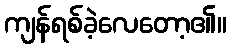
ကျန်ရစ်ခဲ့လေတော့၏။